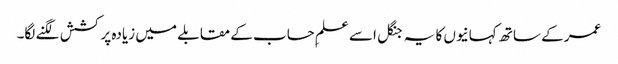
عمر کے ساتھ کہانیوں کا یہ جنگل اسے علمِ حساب کے مقابلے میں زیادہ پرکشش لگنے لگا۔